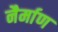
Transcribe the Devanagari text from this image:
नैर्माण